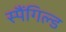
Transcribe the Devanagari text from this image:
स्पैंगिल्ड